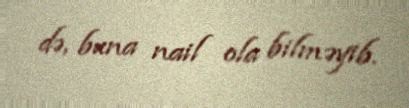
də, buna nail ola bilməyib.